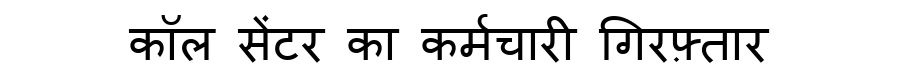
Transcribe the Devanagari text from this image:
कॉल सेंटर का कर्मचारी गिरफ़्तार